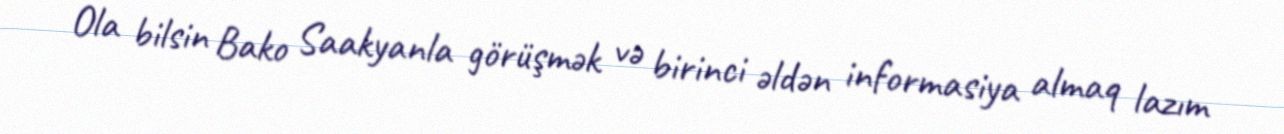
Ola bilsin Bako Saakyanla görüşmək və birinci əldən informasiya almaq lazım